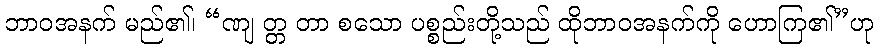
ဘာဝအနက် မည်၏၊ “ဏျ တ္တ တာ စသော ပစ္စည်းတို့သည် ထိုဘာဝအနက်ကို ဟောကြ၏”ဟု